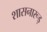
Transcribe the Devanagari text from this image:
शासनारूड़